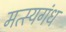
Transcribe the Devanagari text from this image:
मत्स्यगंध